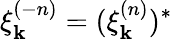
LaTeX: \xi_{\textbf{k}}^{(-n)}=(\xi_{\textbf{k}}^{(n)})^{*}